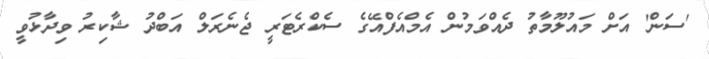
'ސަން' އަށް މައުލޫމާތު ދެއްވަމުން އެމްއެފްއޭގެ ސެކްރެޓަރީ ޖެނެރަލް އަބްދު ޝާކިރު ވިދާޅުވީ